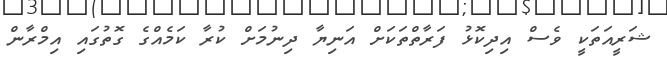
ޝަރީއަތަކީ ވެސް އިދިކޮޅު ފަރާތްތަކަށް އަނިޔާ ދިނުމަށް ކުރާ ކަމެއްގެ ގޮތުގައި އިމްރާން